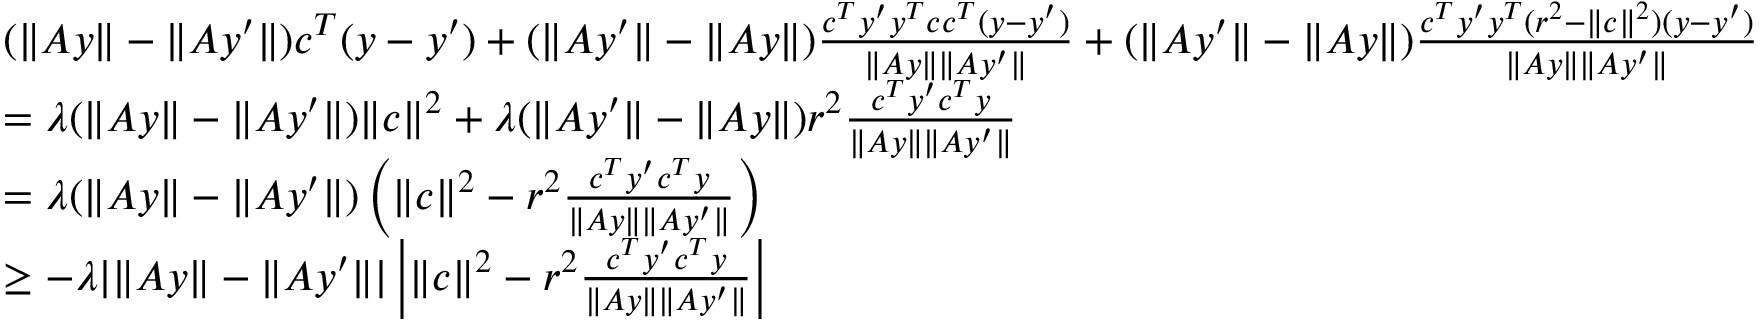
\begin{array} { r l } & { ( \| A y \| - \| A y ^ { \prime } \| ) c ^ { T } ( y - y ^ { \prime } ) + ( \| A y ^ { \prime } \| - \| A y \| ) \frac { c ^ { T } y ^ { \prime } y ^ { T } c c ^ { T } ( y - y ^ { \prime } ) } { \| A y \| \| A y ^ { \prime } \| } + ( \| A y ^ { \prime } \| - \| A y \| ) \frac { c ^ { T } y ^ { \prime } y ^ { T } ( r ^ { 2 } - \| c \| ^ { 2 } ) ( y - y ^ { \prime } ) } { \| A y \| \| A y ^ { \prime } \| } } \\ & { = \lambda ( \| A y \| - \| A y ^ { \prime } \| ) \| c \| ^ { 2 } + \lambda ( \| A y ^ { \prime } \| - \| A y \| ) r ^ { 2 } \frac { c ^ { T } y ^ { \prime } c ^ { T } y } { \| A y \| \| A y ^ { \prime } \| } } \\ & { = \lambda ( \| A y \| - \| A y ^ { \prime } \| ) \left( \| c \| ^ { 2 } - r ^ { 2 } \frac { c ^ { T } y ^ { \prime } c ^ { T } y } { \| A y \| \| A y ^ { \prime } \| } \right) } \\ & { \geq - \lambda | \| A y \| - \| A y ^ { \prime } \| | \left| \| c \| ^ { 2 } - r ^ { 2 } \frac { c ^ { T } y ^ { \prime } c ^ { T } y } { \| A y \| \| A y ^ { \prime } \| } \right| } \end{array}